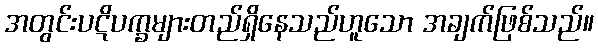
အတွင်းပဋိပက္ခများတည်ရှိနေသည်ဟူသော အချက်ဖြစ်သည်။